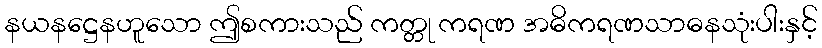
နယနဋ္ဌေနဟူသော ဤစကားသည် ကတ္တု ကရဏ အဓိကရဏသာဓနသုံးပါးနှင့်